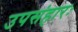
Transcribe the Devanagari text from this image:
उपसंहारः